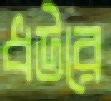
ধউরে